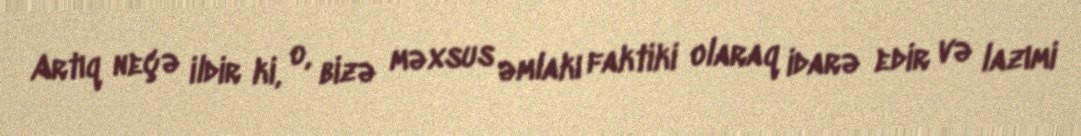
Artıq neçə ildir ki, o, bizə məxsus əmlakı faktiki olaraq idarə edir və lazımi